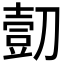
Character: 𰄿